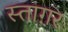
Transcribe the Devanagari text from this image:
स्ताग़र